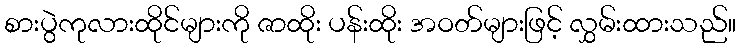
စားပွဲကုလားထိုင်များကို ဇာထိုး ပန်းထိုး အဝတ်များဖြင့် လွှမ်းထားသည်။